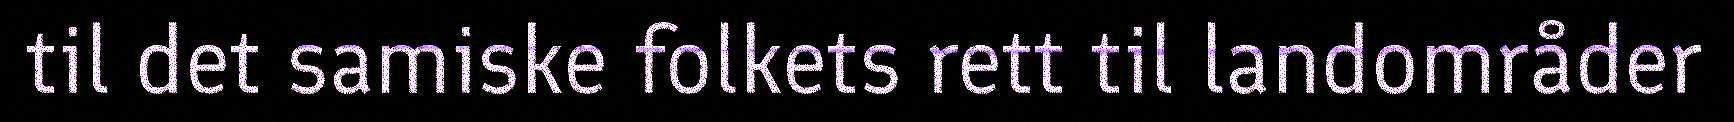
til det samiske folkets rett til landområder